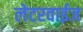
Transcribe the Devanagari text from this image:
लेटरवाईज